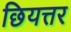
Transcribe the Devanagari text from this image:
छियत्तर